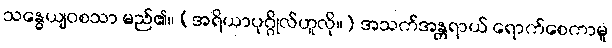
သန္ဓေယျဝစသာ မည်၏။ (အရိယာပုဂ္ဂိုလ်ဟူလို။) အသက်အန္တရာယ် ရောက်စေကာမူ